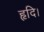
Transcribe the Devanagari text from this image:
हृदि।